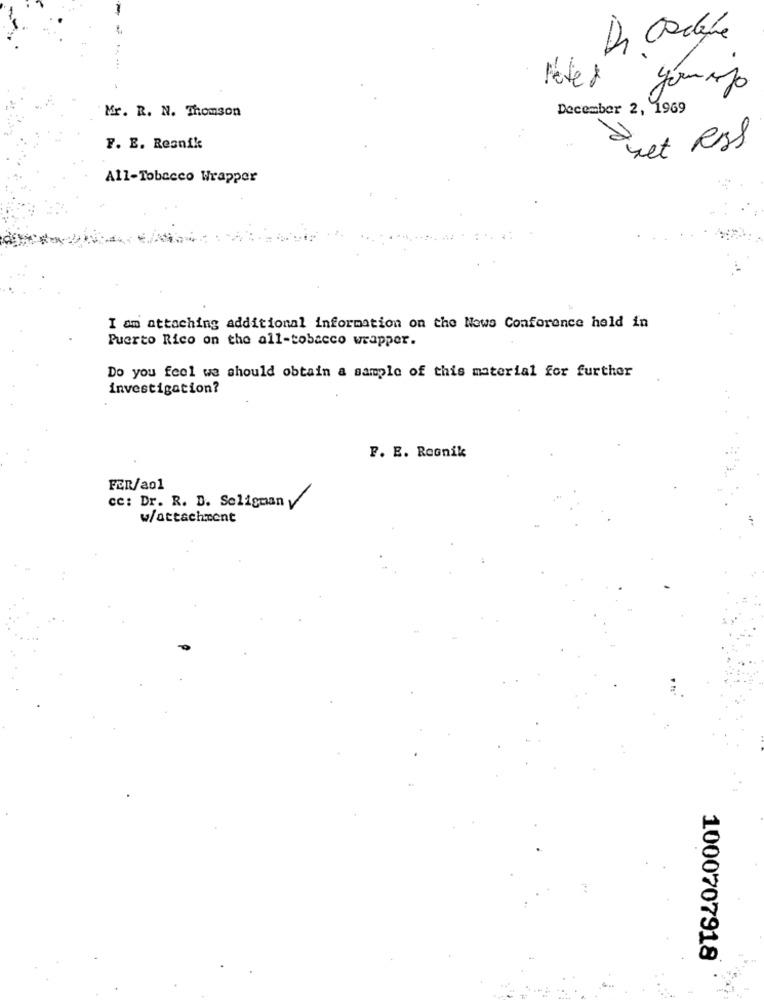
gómezo
Mr. R. N. Thomson
December 2, 1969
R
F. E. Resnik
het Rss
All-Tobacco Wrapper
I am attaching additional information on the Nows Conference held in
Puerto Rico on the all-tobacco wrapper.
Do you feel we should obtain a sample of this material for further
investigation?
F. E. Roonik
FER/ao1
cc: Dr. R. D. Seligman y
w/attachment
1000707918